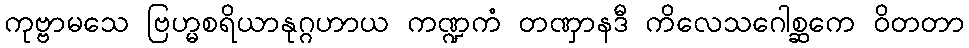
ကုဗ္ဗာမသေ ဗြဟ္မစရိယာနုဂ္ဂဟာယ ကဏ္ဍကံ တဏှာနဒီ ကိလေသဂေါစ္ဆကေ ဝိတတာ